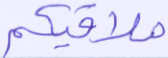
ملاقيكم